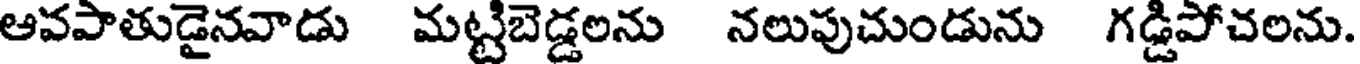
ఆవపాతుడైనవాడు మట్టిబెడ్డలను నలుపుచుండును గడ్డిపోచలను.